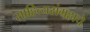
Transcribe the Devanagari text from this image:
साहित्यसंग्रहाचे